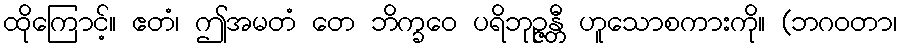
ထိုကြောင့်။ ဧတံ၊ ဤအမတံ တေ ဘိက္ခဝေ ပရိဘုဉ္ဇန္တီ ဟူသောစကားကို။ (ဘဂဝတာ၊